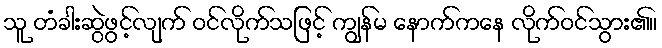
သူ တံခါးဆွဲဖွင့်လျက် ဝင်လိုက်သဖြင့် ကျွန်မ နောက်ကနေ လိုက်ဝင်သွား၏။